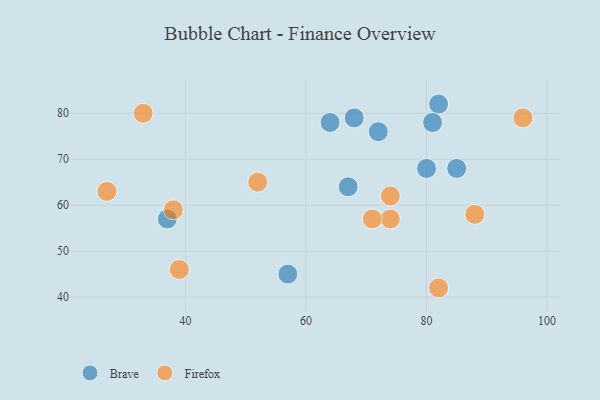
{"axis": {"x": "GDP", "y": "Life Expectancy"}, "legend": ["Brave", "Firefox"], "data": [{"x": "64", "y": 78, "type": "Brave"}, {"x": "72", "y": 76, "type": "Brave"}, {"x": "82", "y": 82, "type": "Brave"}, {"x": "85", "y": 68, "type": "Brave"}, {"x": "81", "y": 78, "type": "Brave"}, {"x": "57", "y": 45, "type": "Brave"}, {"x": "67", "y": 64, "type": "Brave"}, {"x": "68", "y": 79, "type": "Brave"}, {"x": "37", "y": 57, "type": "Brave"}, {"x": "80", "y": 68, "type": "Brave"}, {"x": "82", "y": 42, "type": "Firefox"}, {"x": "38", "y": 59, "type": "Firefox"}, {"x": "96", "y": 79, "type": "Firefox"}, {"x": "74", "y": 62, "type": "Firefox"}, {"x": "74", "y": 57, "type": "Firefox"}, {"x": "71", "y": 57, "type": "Firefox"}, {"x": "88", "y": 58, "type": "Firefox"}, {"x": "39", "y": 46, "type": "Firefox"}, {"x": "33", "y": 80, "type": "Firefox"}, {"x": "27", "y": 63, "type": "Firefox"}, {"x": "52", "y": 65, "type": "Firefox"}]}